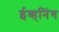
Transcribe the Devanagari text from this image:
ईव्हनिंग